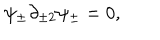
LaTeX: \psi _ { \pm } \partial _ { \pm 2 } \psi _ { \pm } = 0 ,